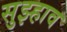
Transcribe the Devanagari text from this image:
सुझ्हाव